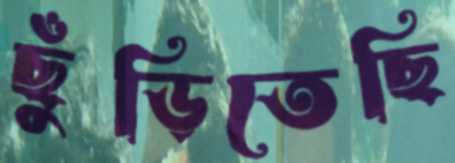
ছুঁড়িতেছি